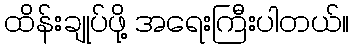
ထိန်းချုပ်ဖို့ အရေးကြီးပါတယ်။